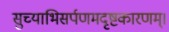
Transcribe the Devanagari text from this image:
सुच्याभिसर्पणमदृष्टकारणम्।